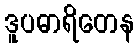
ဒူပဓာရိတေန